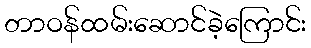
တာဝန်ထမ်းဆောင်ခဲ့ကြောင်း